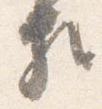
頼